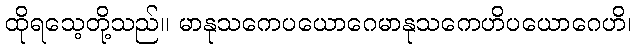
ထိုရသေ့တို့သည်။ မာနုသကေပယောဂေမာနုသကေဟိပယောဂေဟိ၊